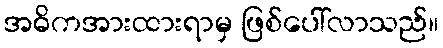
အဓိကအားထားရာမှ ဖြစ်ပေါ်လာသည်။